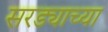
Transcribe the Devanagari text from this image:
सरड्याच्या